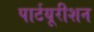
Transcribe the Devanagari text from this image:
पार्टयूरीशन